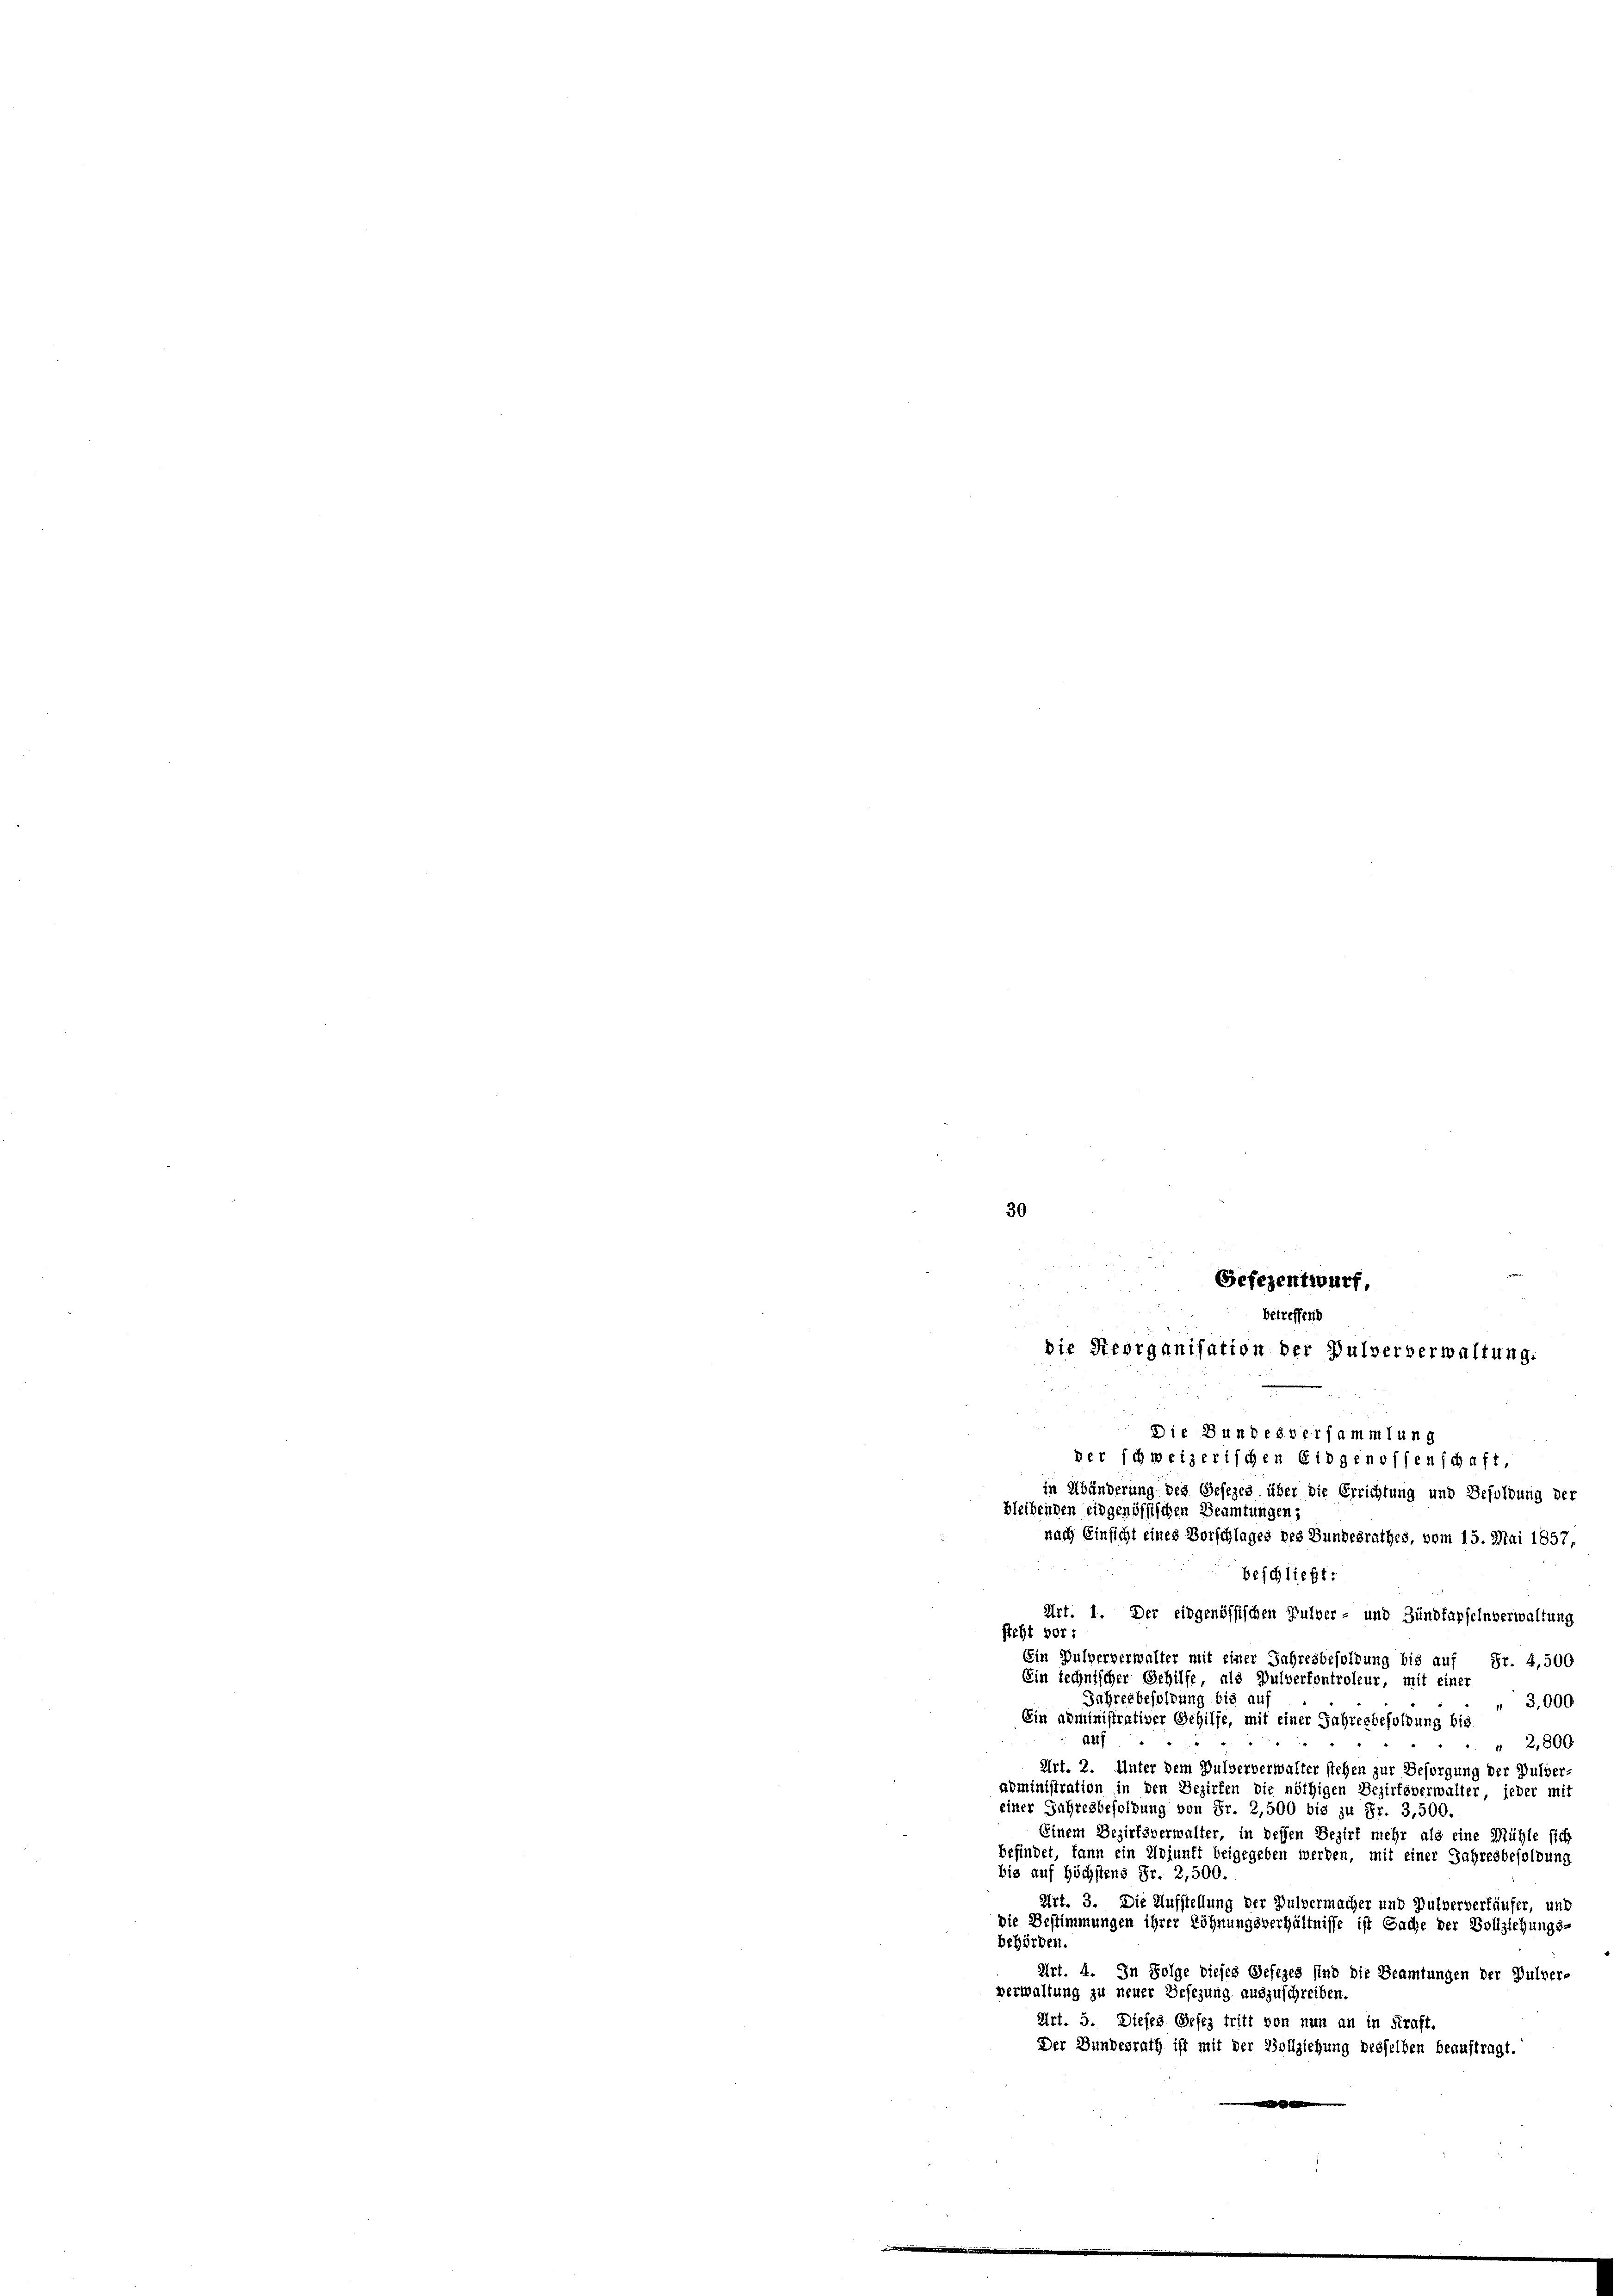
Art. 1. Der eidgenössischen Pulver- und Zündfapfelnverwaltung
steht vor:
Ein Pulververwalter mit einer Jahresbesoldung bis auf Fr. 4,500
Ein technischer Gehilfe, als Dulverfontroleur, mit einer
Jahresbesoldung bis auf
3,000
Ein administrativer Gehilfe, mit einer Jahresbesoldung bis
Auf
2,800
Art. 2. Unter dem Pulververwalter stehen zur Besorgung der Pulver
administration in den Bezirken die nöthigen Bezirksverwalter, jeder mit
einer Fahresbesoldung von Fr. 2,500 bis zu Fr. 3,500.
Einem Bezirksverwalter, in dessen Bezirk mehr als eine Mühle sich
befindet, kann ein Adjunft beigegeben werden, mit einer Jahresbesoldung
bis auf höchstens Fr. 2,500.
Art. 3. Die Aufstellung der Pulvermacher und Pulververkäufer, und
Die Bestimmungen ihrer Löhnungsverhältnisse ist Sache der Vollziehungs-
behörden.
Art. 4. In Folge dieses Gesezes sind die Beamtungen der Pulver-
verwaltung zu neuer Gesezung auszuschreiben.
Art. 5. Dieses Gesez tritt von nun an in Kraft.
Der Bundesrath ist mit der Vollziehung desselben beauftragt.
m

Gefezentwurf,
betreffend
die Reorganisation der Pulververwaltung.
Die Bundesversammlung
der schweizerischen Eidgenossenschaft,
in Abänderung des Gesezes über die Errichtung und Besoldung der
bleibenden eidgenössischen Beamtungen;
nach Einsicht eines Vorschlages des Bundesrathes, vom 15. Mai 1857,
beschließt:

30